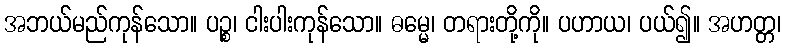
အဘယ်မည်ကုန်သော။ ပဉ္စ၊ ငါးပါးကုန်သော။ ဓမ္မေ၊ တရားတို့ကို။ ပဟာယ၊ ပယ်၍။ အဟတ္တ၊